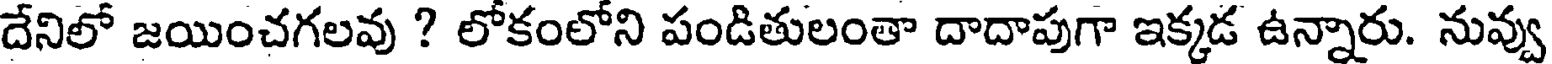
దేనిలో జయించగలవు ? లోకంలోని పండితులంతా దాదాపుగా ఇక్కడ ఉన్నారు. నువ్వు